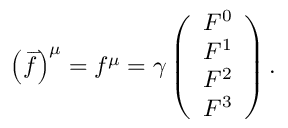
\left( \overrightharpoon { f } \right) ^ { \mu } = f ^ { \mu } = \gamma \left( \begin{array} { l } { F ^ { 0 } } \\ { F ^ { 1 } } \\ { F ^ { 2 } } \\ { F ^ { 3 } } \end{array} \right) .